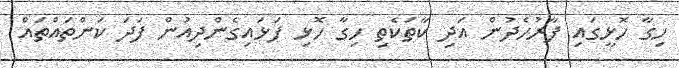
ހިގާ ހޮޅީގައި ފާރުހެދުން އަދި ކާތަކެތި ހިގާ ހޮޅި ފަޅައިގެންދިއުން ފަދަ ކަންތައްތައް